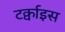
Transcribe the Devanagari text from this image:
टर्क्वाइस